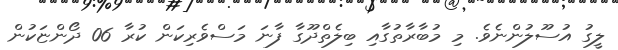
ލީގު އުސޫލުންނެވެ. މި މުބާރާތުގާއި ބިލެތްދޫގާ ފާނަ މަސްވެރިކަން ކުރާ 06 ދޯންޏަކުން